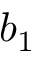
b _ { 1 }